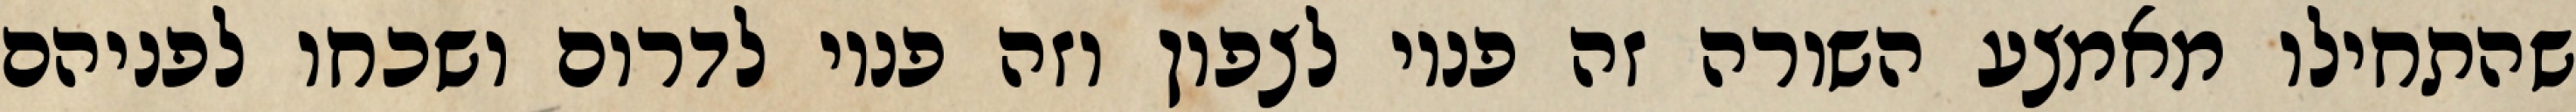
שהתחילו מאמצע השורה זה פניו לצפון וזה פניו לדרום ושכחו לפניהם